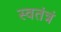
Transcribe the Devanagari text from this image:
स्वतंत्रं